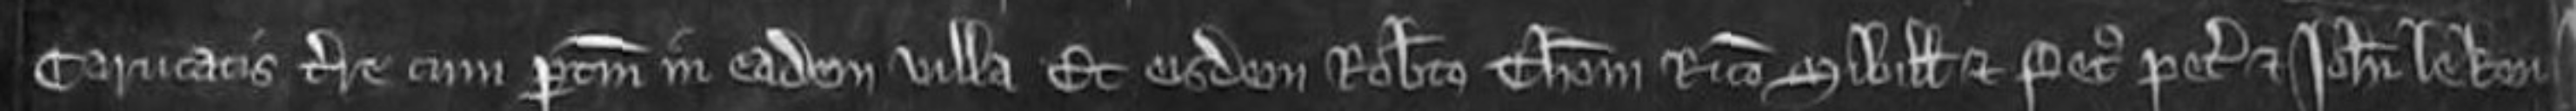
carucatis terre cum pertinenciis in eadem villa et eisdem Roberto Thome Ricardo Sibille et Petro petentibus et Johanni le Keu